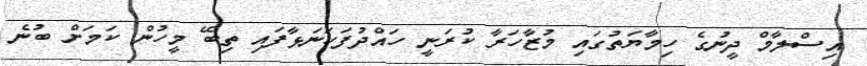
އިސްލާމް ދީނުގެ ހިމާޔަތުގައި މުޒާހަރާ ކުރަނީ ހައްދުފަހަނަޅާފައި ތިބޭ މީހުން ކަމަށް ބުނެ